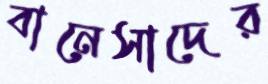
বানেসাদের